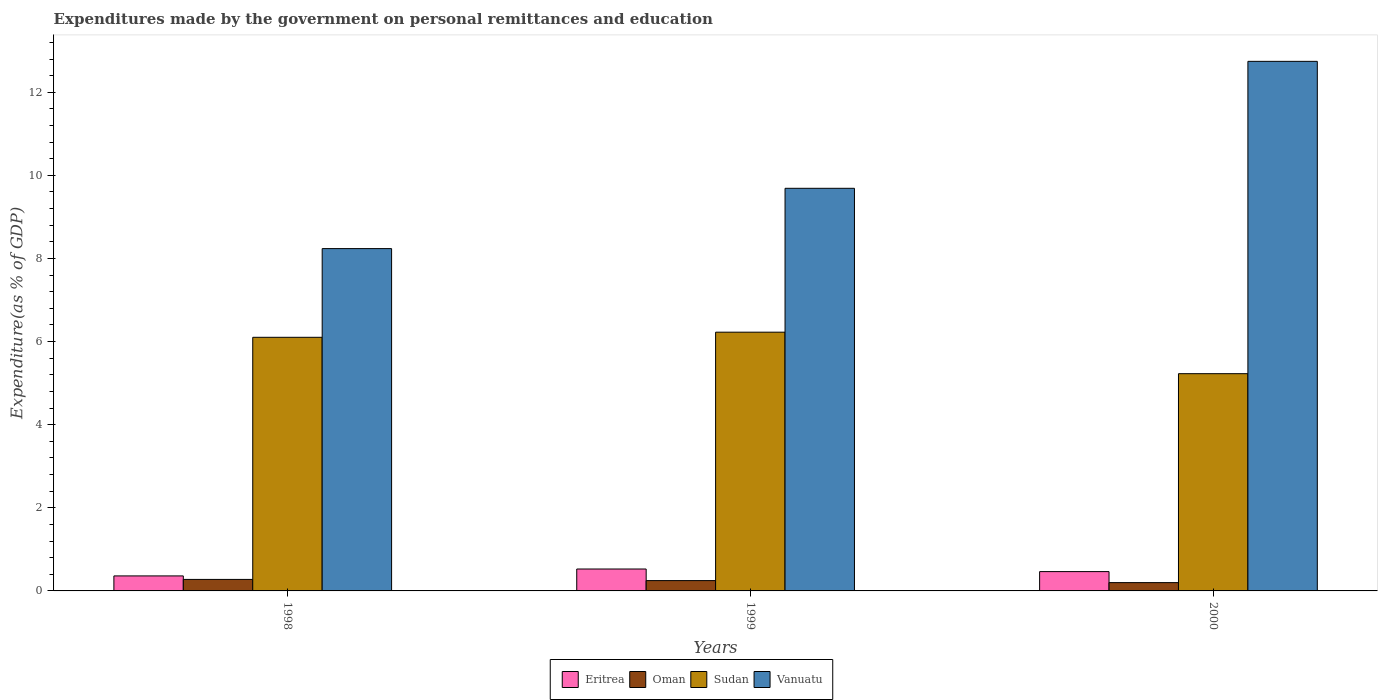
| Years | Eritrea | Oman | Sudan | Vanuatu |
 | --- | --- | --- | --- | --- |
 | 1998 | 0.361 | 0.277 | 6.1 | 8.24 |
 | 1999 | 0.527 | 0.248 | 6.23 | 9.69 |
 | 2000 | 0.465 | 0.2 | 5.23 | 12.7 |